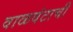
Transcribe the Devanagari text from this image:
वाळवंटाची